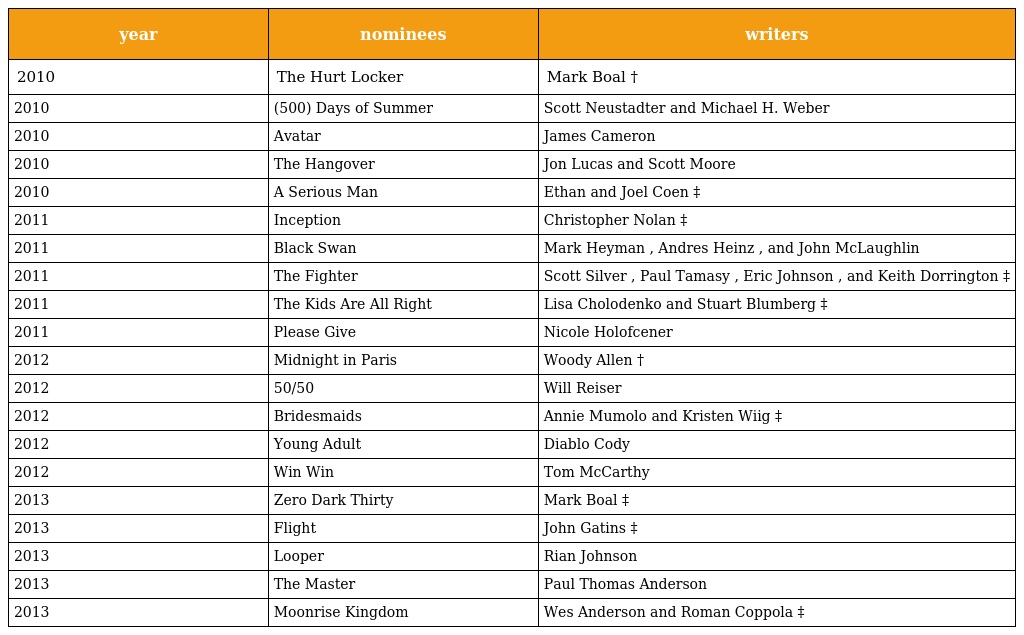
| year | nominees | writers |
 | --- | --- | --- |
 | 2010 | The Hurt Locker | Mark Boal † |
 | 2010 | (500) Days of Summer | Scott Neustadter and Michael H. Weber |
 | 2010 | Avatar | James Cameron |
 | 2010 | The Hangover | Jon Lucas and Scott Moore |
 | 2010 | A Serious Man | Ethan and Joel Coen ‡ |
 | 2011 | Inception | Christopher Nolan ‡ |
 | 2011 | Black Swan | Mark Heyman , Andres Heinz , and John McLaughlin |
 | 2011 | The Fighter | Scott Silver , Paul Tamasy , Eric Johnson , and Keith Dorrington ‡ |
 | 2011 | The Kids Are All Right | Lisa Cholodenko and Stuart Blumberg ‡ |
 | 2011 | Please Give | Nicole Holofcener |
 | 2012 | Midnight in Paris | Woody Allen † |
 | 2012 | 50/50 | Will Reiser |
 | 2012 | Bridesmaids | Annie Mumolo and Kristen Wiig ‡ |
 | 2012 | Young Adult | Diablo Cody |
 | 2012 | Win Win | Tom McCarthy |
 | 2013 | Zero Dark Thirty | Mark Boal ‡ |
 | 2013 | Flight | John Gatins ‡ |
 | 2013 | Looper | Rian Johnson |
 | 2013 | The Master | Paul Thomas Anderson |
 | 2013 | Moonrise Kingdom | Wes Anderson and Roman Coppola ‡ |